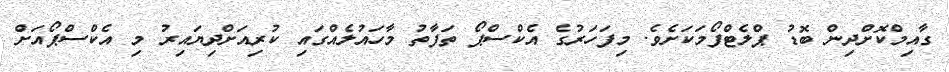
ގާއިމްކޮށްދިން ބޮޑު ޕްލެޓްފޯމަކަށެވެ. މިފަހަރުގެ އެކްސްޕޯ ތަފާތު މާހައުލެއްގައި ކުރިއަށްދިޔައިރު މި އެކްސްޕޯއަށް